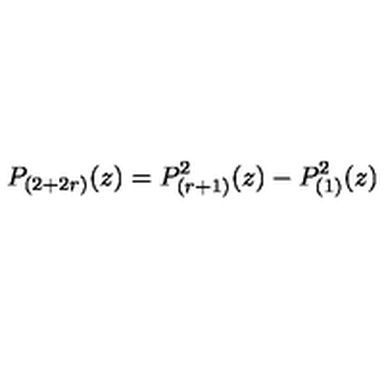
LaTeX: P _ { ( 2 + 2 r ) } ( z ) = P _ { ( r + 1 ) } ^ { 2 } ( z ) - P _ { ( 1 ) } ^ { 2 } ( z )